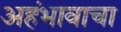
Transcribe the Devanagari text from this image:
अहंभावाचा